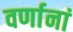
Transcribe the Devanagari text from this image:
वर्णानां